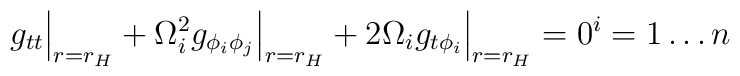
g_{tt}\Big|_{r=r_H} + \Omega_i^2 g_{\phi_i\phi_j}\Big|_{r=r_H} + 2 \Omega_i g_{t \phi_i}\Big|_{r=r_H} = 0\sp i = 1 \ldots n